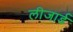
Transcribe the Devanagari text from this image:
लीजार्ड